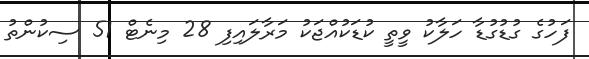
ފަހުގެ ގުޑުގުޑާ ހަލާކު ވީތީ ކުޑަކުއްޖަކު މަރާލައިފި 28 މިނެޓް 51 ސިކުންތު